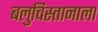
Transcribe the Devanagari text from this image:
बलुचिस्तानाला